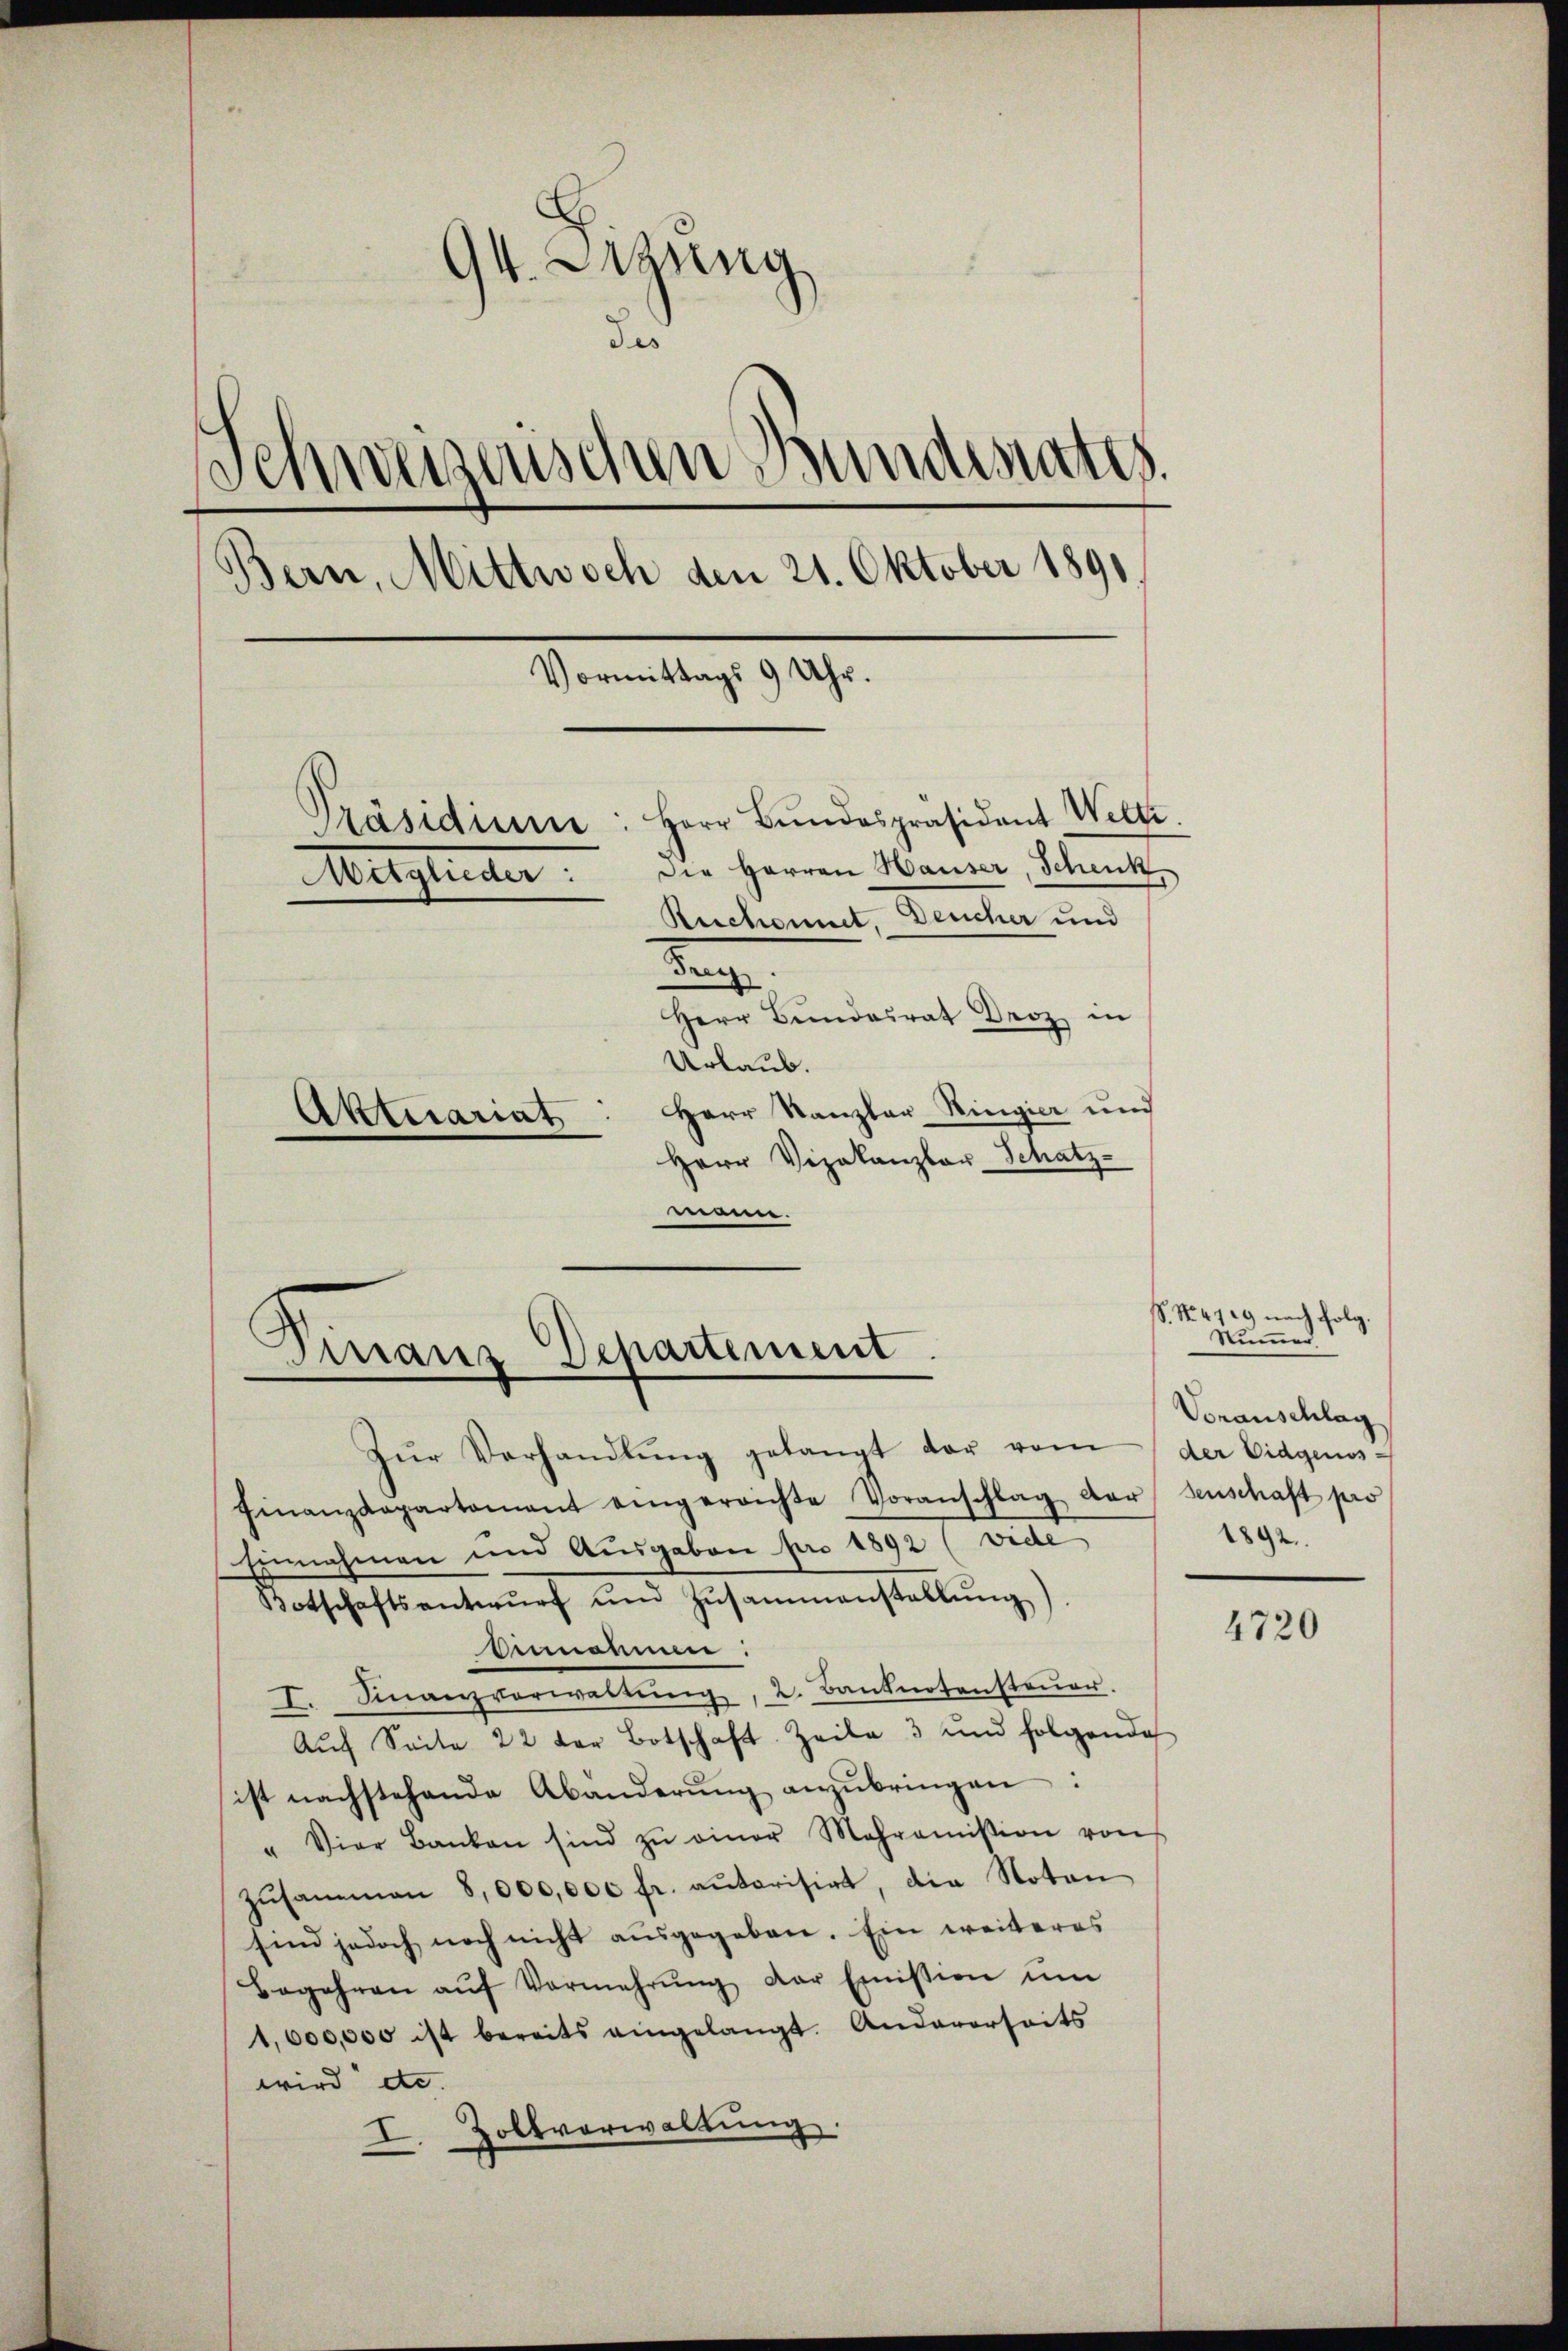
94. Sizung
des
Schweizerischen Bundesrates.
Bern, Mittwoch den 21. Oktober 1891.
Vormittags 9 Uhr.
Präsidium: Herr Bŭndespräsident Welti.
Die Herren Hauser, Schenk
Mitglieder
Ruchonnet, Deucher und
n
Herr Bundesrat Droz in
Urlaub.
Herr Kanzler Ringier und
Aktuariat
Herr Vizekanzler Schatz-

.
Mair Departement.

meen.

Zŭr Verhandlŭng gelangt dar von der Eidgenos-
Finanzdepartement eingereichte Voranschlag der senschaft pro
Einnahmen und Ausgaben pro 1892 (vide
Botschaftsantwŭrf und Zusammenstellŭng).
Einnahmen:
I. Finanzverwaltŭng, 2. Banknotensteuer.
Aŭch Seite 22 der Botschaft Zeile 3 und folgende
ist nachstehende Abänderŭng anzŭbringen:
" Vier Banken sind zŭ einer Mehraṁission von
zŭsammen 8,000,000 fr. autorisirt, die Noten
sind jedoch noch nicht ausgegeben. Ein weiteres
Begehren aŭf Vermehrŭng der Emission ŭm
1,600,000 ist bereits eingelangt. Andererseits
wird de
Zollverwaltŭng.
I.

S. N. 419 nach folg.
Numer
Voranschlag
1892.

4720